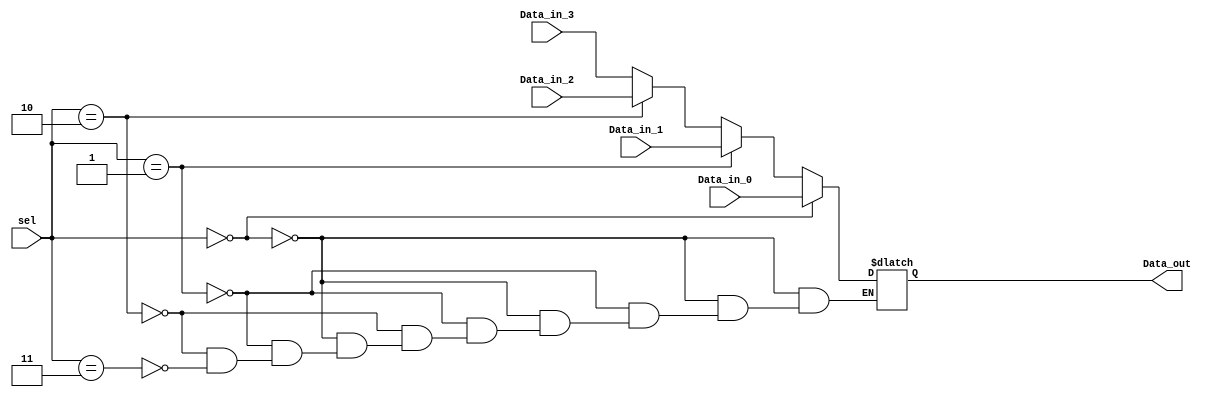
`timescale 1ns / 1ps
//////////////////////////////////////////////////////////////////////////////////
// Company: 
// Engineer: 
// 
// Design Name: 
// Module Name:    Mux4_1 
// Project Name: 
// Target Devices: 
// Tool versions: 
// Description: 
//
// Dependencies: 
//
// Revision: 
// Revision 0.01 - File Created
// Additional Comments: 
//
//////////////////////////////////////////////////////////////////////////////////
module Mux4_1(
    Data_in_0,
    Data_in_1,
	 Data_in_2,
    Data_in_3,
	
    
    sel,
    Data_out
    
    );
	input[31:0] Data_in_0;
	input[31:0] Data_in_1;
	input[31:0] Data_in_2;
	input[31:0] Data_in_3;
	
	input[1:0] sel;
   output[31:0] Data_out;
   reg[31:0] Data_out;
	always @(Data_in_0,Data_in_1,Data_in_2,Data_in_3,sel)
		begin
			if(sel == 0) 
					Data_out = Data_in_0;  //when select signal to the mux is low
			else if(sel == 1) 
					Data_out = Data_in_1;  //when select signal to the mux is low
			else if(sel == 2) 
					Data_out = Data_in_2;  //when select signal to the mux is low
			else if(sel==3)
					Data_out = Data_in_3;  //when select signal to the mux is high
			  //when select signal to the mux is high
				end
   


endmodule